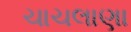
ચાચલાણા